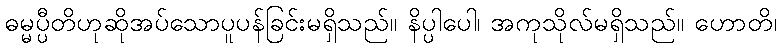
ဓမ္မပ္ပီတိဟုဆိုအပ်သောပူပန်ခြင်းမရှိသည်။ နိပ္ပါပေါ၊ အကုသိုလ်မရှိသည်။ ဟောတိ၊